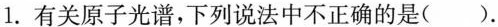
1.有关原子光谱，下列说法中不正确的是()。